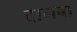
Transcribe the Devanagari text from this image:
दागबा